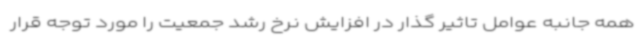
همه جانبه عوامل تاثیر گذار در افزایش نرخ رشد جمعیت را مورد توجه قرار